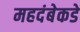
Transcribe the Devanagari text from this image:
महदंबेकडे